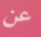
عن